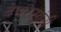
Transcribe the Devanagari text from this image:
देवरसांनी